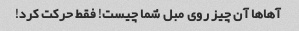
آهاها آن چیز روی مبل شما چیست! فقط حرکت کرد!